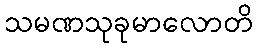
သမဏသုခုမာလောတိ